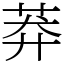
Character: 莽